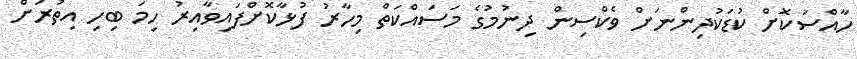
ހާއްސަކޮށް ކުޑަކުދިންނަށް ވެކްސިން ދިނުމުގެ މަސައްކަތް މިހާރު ފުޅާކޮށްފައިވާއިރު ހިމަ ބިހި އިތުރަށް